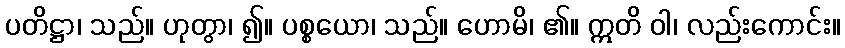
ပတိဋ္ဌာ၊ သည်။ ဟုတွာ၊ ၍။ ပစ္စယော၊ သည်။ ဟောမိ၊ ၏။ ဣတိ ဝါ၊ လည်းကောင်း။